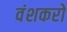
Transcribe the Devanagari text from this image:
वंशकरो